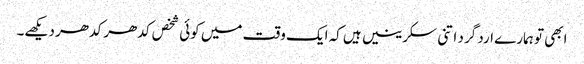
ابھی تو ہمارے ارد گرد اتنی سکرینیں ہیں کہ ایک وقت میں کوئی شخص کدھر کدھر دیکھے۔